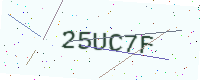
Text: 25UC7F